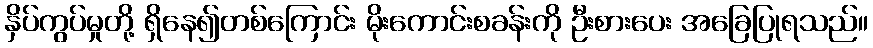
နှိပ်ကွပ်မှုတို့ ရှိနေ၍တစ်ကြောင်း မိုးကောင်းစခန်းကို ဦးစားပေး အခြေပြုရသည်။